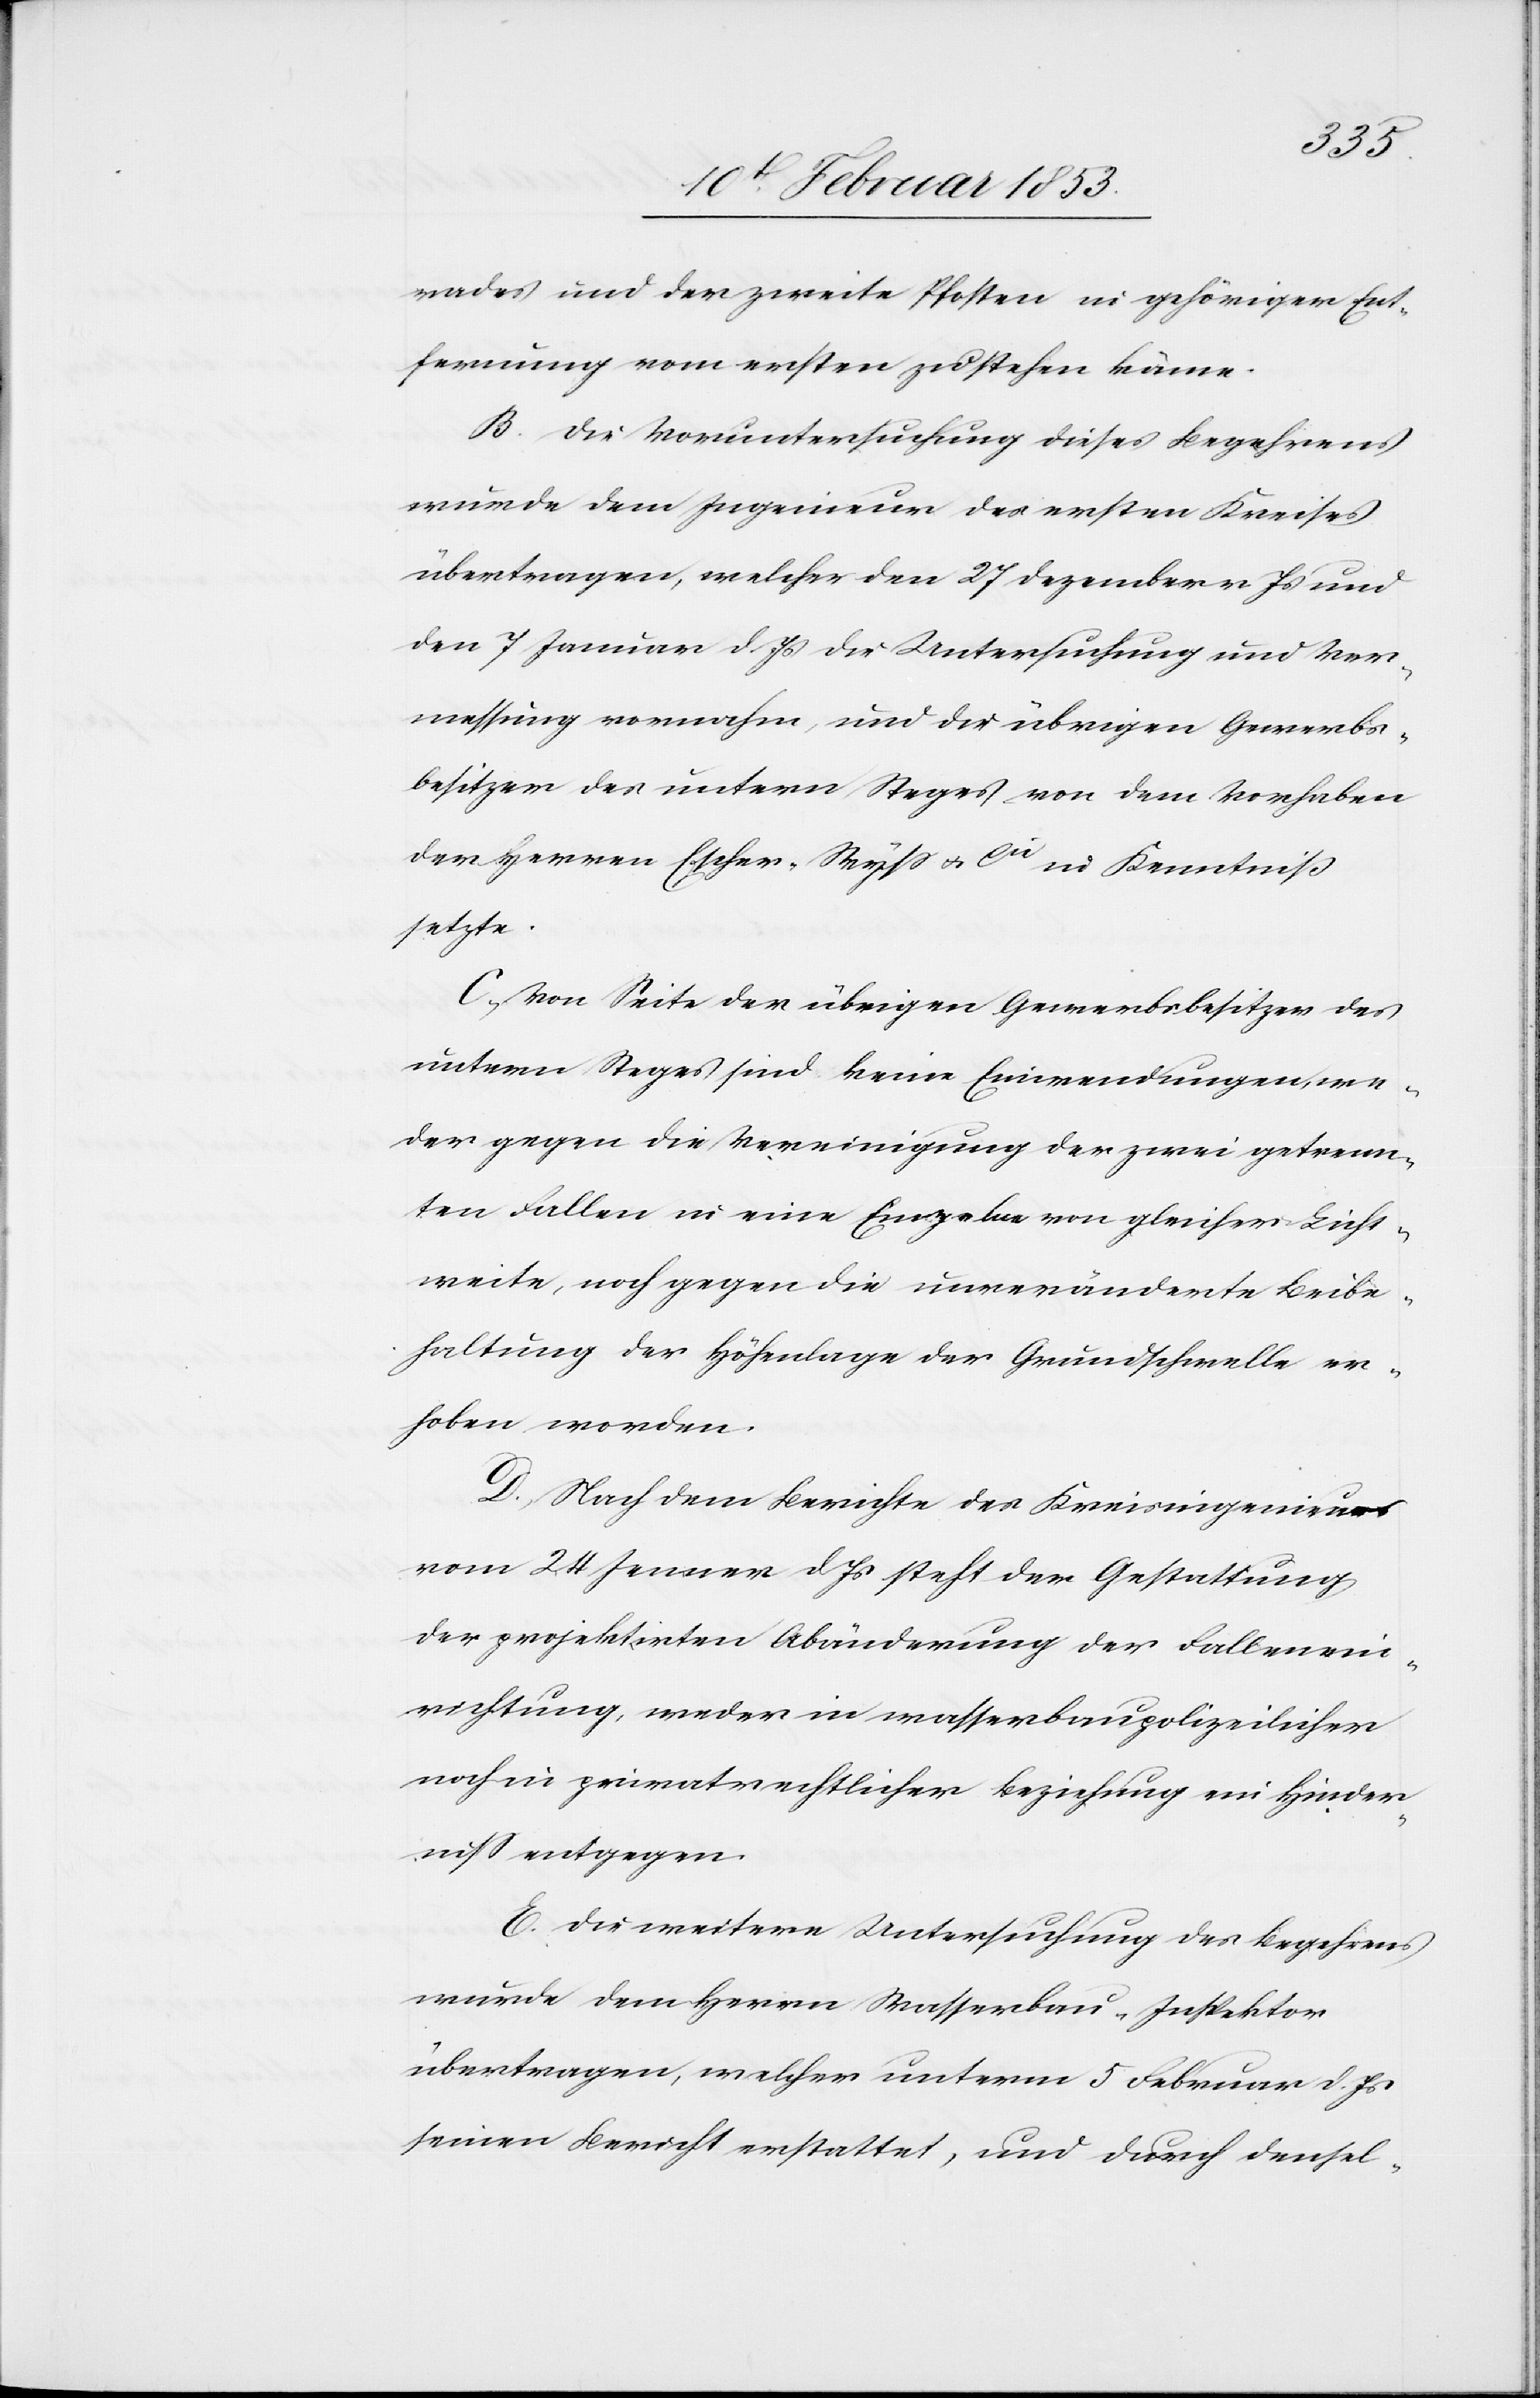
rades und der zweite Pfosten in gehöriger Ent¬
fernung vom ersten zu stehen käme.
Die Voruntersuchung dieses Begehrens
wurde dem Ingenieur des ersten Kreises
übertragen, welcher den 27 Dezember v. Js. und
den 7 Januar d. Js. die Untersuchung und Ver¬
messung vornahm, und die übrigen Gewerbs¬
besitzer des untern Steges von dem Vorhaben
der Herren Escher-Wyß u. Cie in Kenntniß
setzte.
Von Seite der übrigen Gewerbsbesitzer des
untern Steges sind keine Einwendungen, we¬
der gegen die Vereinigung der zwei getrenn¬
ten Fallen in eine Einzelne von gleicher Licht¬
weite, noch gegen die unveränderte Beibe¬
haltung der Höhenlage der Grundschwelle er¬
hoben worden.
Nach dem Berichte des Kreisingenieurs
vom 24 Jenner d. Js. steht der Gestaltung
der projektirten Abänderung der Fallenein¬
richtung, weder in wasserbaupolizeilicher
noch in privatrechtlicher Beziehung ein Hinder¬
niß entgegen.
Die weitere Untersuchung des Begehrens
wurde dem Herrn Wasserbau-Inspektor
übertragen, welcher unterm 5 Februar d. Js.
seinen Bericht erstattet, und durch densel-